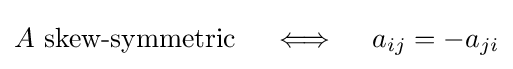
A{\text{ skew-symmetric}}\quad \iff \quad a_{ij}=-a_{ji}